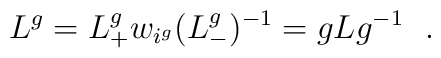
L^{g}=L_{+}^{g}w_{i^{g}}(L_{-}^{g})^{-1}=gLg^{-1}\ \ .